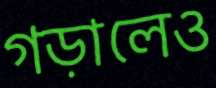
গড়ালেও